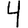
Digit: 4